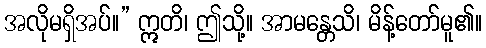
အလိုမရှိအပ်။” ဣတိ၊ ဤသို့။ အာမန္တေသိ၊ မိန့်တော်မူ၏။